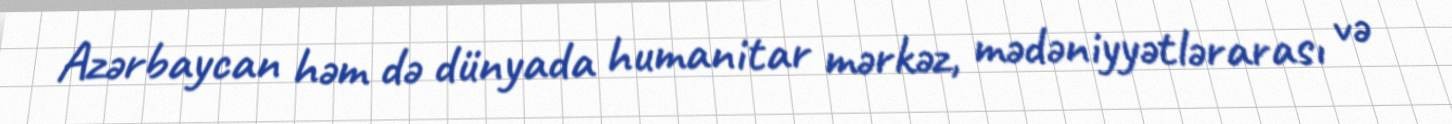
Azərbaycan həm də dünyada humanitar mərkəz, mədəniyyətlərarası və